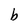
Character: b